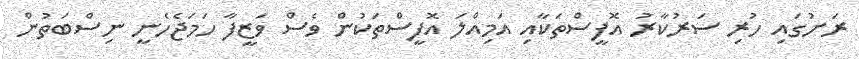
ރަށުގައި ހުރި ސަރުކާރު އޮފީސްތަކާއި އަމިއްލަ އޮފީސްތަކުން ވެސް ވަޒީފާ ހަމަޖެހެނީ ނިސްބަތުން